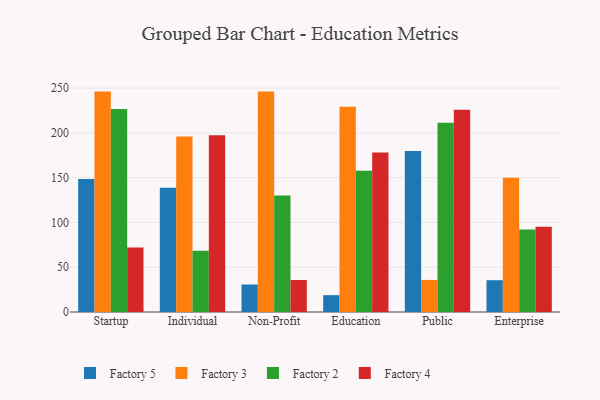
{"axis": {"x": "Segment", "y": "Humidity (%)"}, "legend": ["Factory 2", "Factory 3", "Factory 4", "Factory 5"], "data": [{"x": "Startup", "y": 148.6, "type": "Factory 5"}, {"x": "Startup", "y": 246.1, "type": "Factory 3"}, {"x": "Startup", "y": 226.7, "type": "Factory 2"}, {"x": "Startup", "y": 72.1, "type": "Factory 4"}, {"x": "Individual", "y": 138.8, "type": "Factory 5"}, {"x": "Individual", "y": 195.9, "type": "Factory 3"}, {"x": "Individual", "y": 68.3, "type": "Factory 2"}, {"x": "Individual", "y": 197.4, "type": "Factory 4"}, {"x": "Non-Profit", "y": 30.7, "type": "Factory 5"}, {"x": "Non-Profit", "y": 246.1, "type": "Factory 3"}, {"x": "Non-Profit", "y": 130.2, "type": "Factory 2"}, {"x": "Non-Profit", "y": 35.7, "type": "Factory 4"}, {"x": "Education", "y": 18.8, "type": "Factory 5"}, {"x": "Education", "y": 229.1, "type": "Factory 3"}, {"x": "Education", "y": 157.7, "type": "Factory 2"}, {"x": "Education", "y": 178.1, "type": "Factory 4"}, {"x": "Public", "y": 179.9, "type": "Factory 5"}, {"x": "Public", "y": 35.8, "type": "Factory 3"}, {"x": "Public", "y": 211.4, "type": "Factory 2"}, {"x": "Public", "y": 225.7, "type": "Factory 4"}, {"x": "Enterprise", "y": 35.5, "type": "Factory 5"}, {"x": "Enterprise", "y": 149.8, "type": "Factory 3"}, {"x": "Enterprise", "y": 92.2, "type": "Factory 2"}, {"x": "Enterprise", "y": 95.2, "type": "Factory 4"}]}